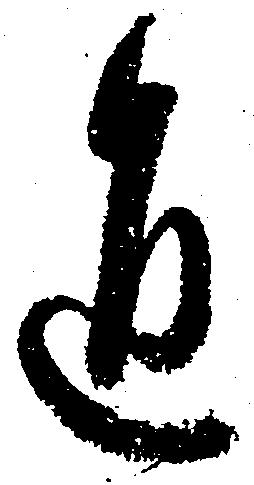
通